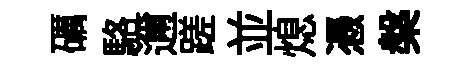
礪駱邇蹉並熄慿槃